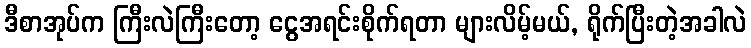
ဒီစာအုပ်က ကြီးလဲကြီးတော့ ငွေအရင်းစိုက်ရတာ များလိမ့်မယ်, ရိုက်ပြီးတဲ့အခါလဲ